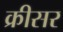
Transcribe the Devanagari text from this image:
क्रीसर